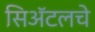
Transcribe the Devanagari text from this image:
सिॲटलचे